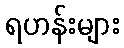
ရဟန်းများ